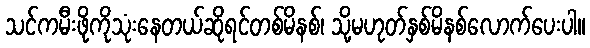
သင်ကမီးဖိုကိုသုံးနေတယ်ဆိုရင်တစ်မိနစ်၊ သို့မဟုတ်နှစ်မိနစ်လောက်ပေးပါ။